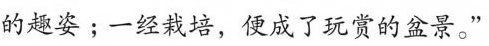
的趣姿;一经栽培，便成了玩赏的盆景。"